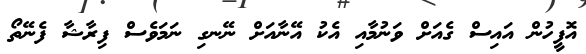
އޮފީހުން އައިސް ގެއަށް ވަނުމާއި އެކު އޭނާއަށް ނޭނގި ނަމަވެސް ފިރާޝާ ފެނޭތޯ